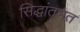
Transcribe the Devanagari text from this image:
सिद्धांतभत